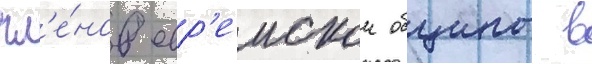
чл'е́нов евр'еискои общины в